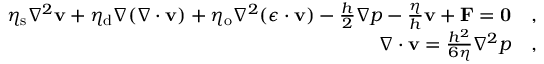
\begin{array} { r l } { \eta _ { \mathrm { s } } \nabla ^ { 2 } \mathbf { v } + \eta _ { \mathrm { d } } \nabla ( \nabla \cdot \mathbf { v } ) + \eta _ { \mathrm { o } } \nabla ^ { 2 } ( \boldsymbol { \epsilon } \cdot \mathbf { v } ) - \frac { h } { 2 } \nabla p - \frac { \eta } { h } \mathbf { v } + \mathbf { F } = \mathbf { 0 } } & { , } \\ { \nabla \cdot \mathbf { v } = \frac { h ^ { 2 } } { 6 \eta } \nabla ^ { 2 } p } & { , } \end{array}